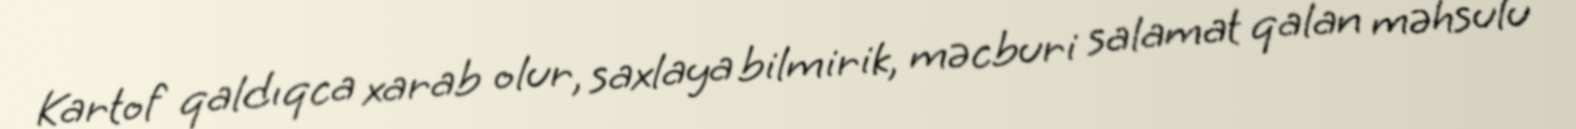
Kartof qaldıqca xarab olur, saxlaya bilmirik, məcburi salamat qalan məhsulu